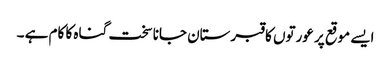
ایسے موقع پر عورتوں کا قبرستان جانا سخت گناہ کا کام ہے ۔